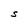
Character: S